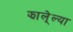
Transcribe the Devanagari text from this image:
झाले्ल्या